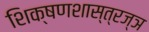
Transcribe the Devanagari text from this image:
शिक्षणशास्त्रज्ञ